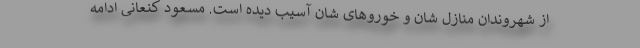
از شهروندان منازل شان و خوروهای شان آسیب دیده است. مسعود کنعانی ادامه